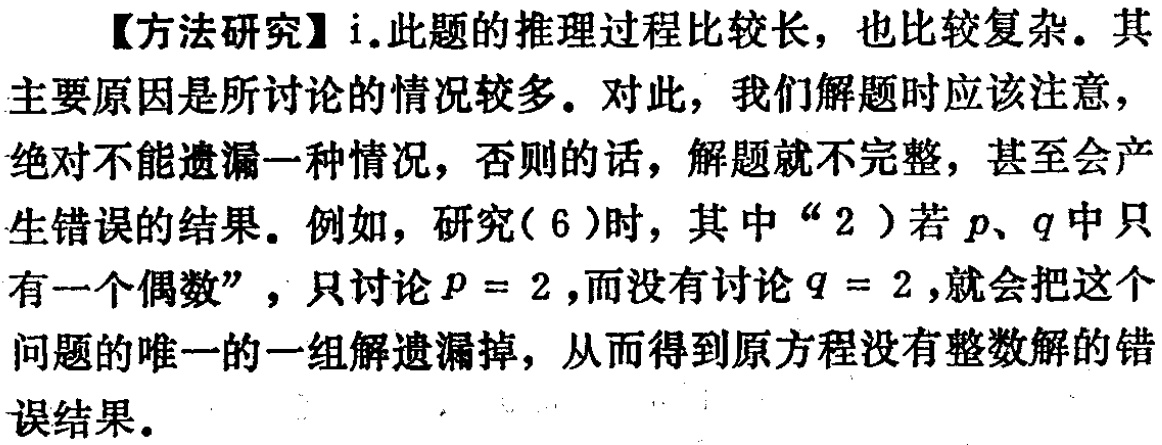
【方法研究】i.此题的推理过程比较长，也比较复杂。其主要原因是所讨论的情况较多。对此，我们解题时应该注意，绝对不能遗漏一种情况，否则的话，解题就不完整，甚至会产生错误的结果。例如，研究(6)时，其中“2）若\(p\)、\(q\)中只有一个偶数”，只讨论\(p = 2\)，而没有讨论\(q = 2\)，就会把这个问题的唯一的一组解遗漏掉，从而得到原方程没有整数解的错误结果。